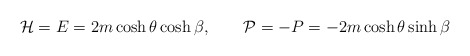
\begin{align*}{\cal H}=E=2m\cosh\theta\cosh\beta,\qquad{\cal P}=-P=-2m\cosh\theta\sinh\beta\end{align*}